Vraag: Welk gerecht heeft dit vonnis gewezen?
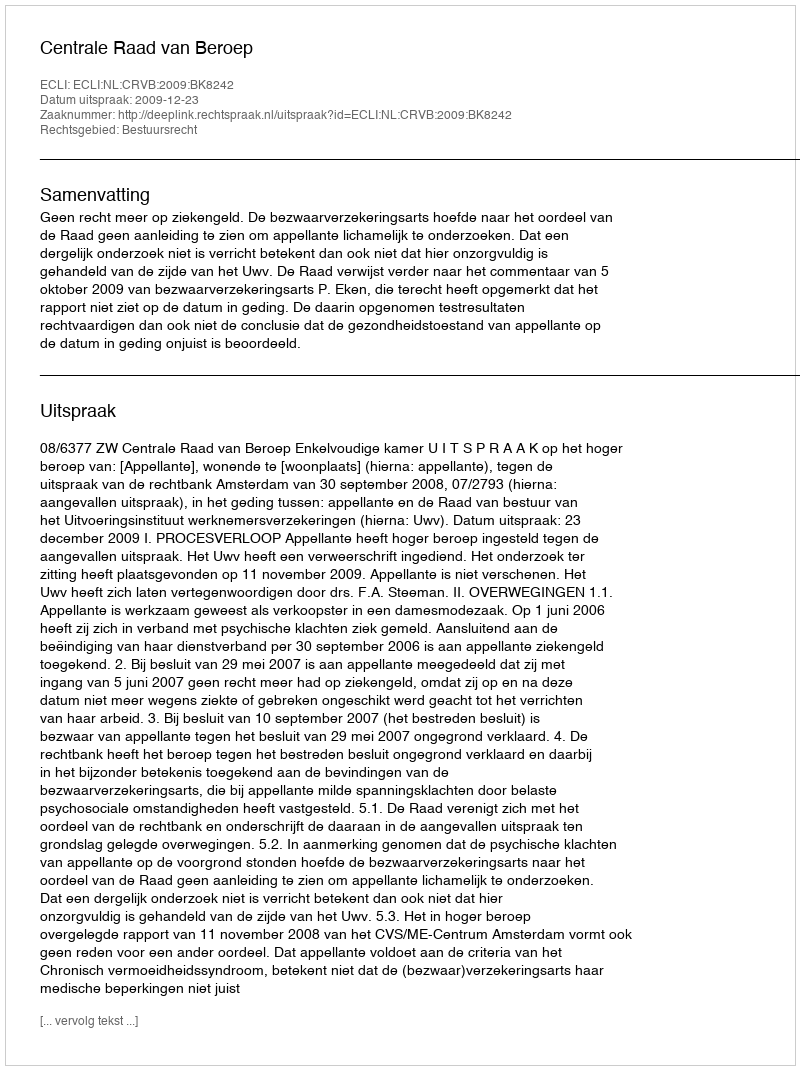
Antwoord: Centrale Raad van Beroep